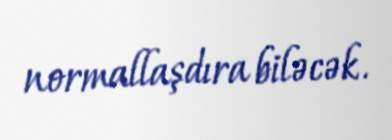
normallaşdıra biləcək.